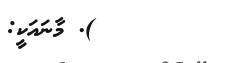
). މާނައަކީ: